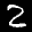
Label: 2